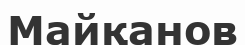
Майқанов